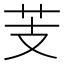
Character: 芰